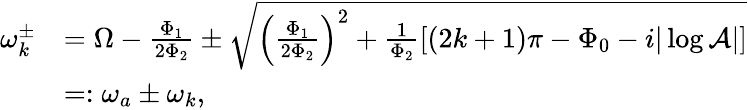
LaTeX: \begin{array}{rl}{\omega_{k}^{\pm}}&{=\Omega-\frac{\Phi_{1}}{2\Phi_{2}}\pm\sqrt{\left(\frac{\Phi_{1}}{2\Phi_{2}}\right)^{2}+\frac{1}{\Phi_{2}}\left[(2k+1)\pi-\Phi_{0}-i|\log\mathcal{A}|\right]}}\\ &{=:\omega_{a}\pm\omega_{k},}\end{array}